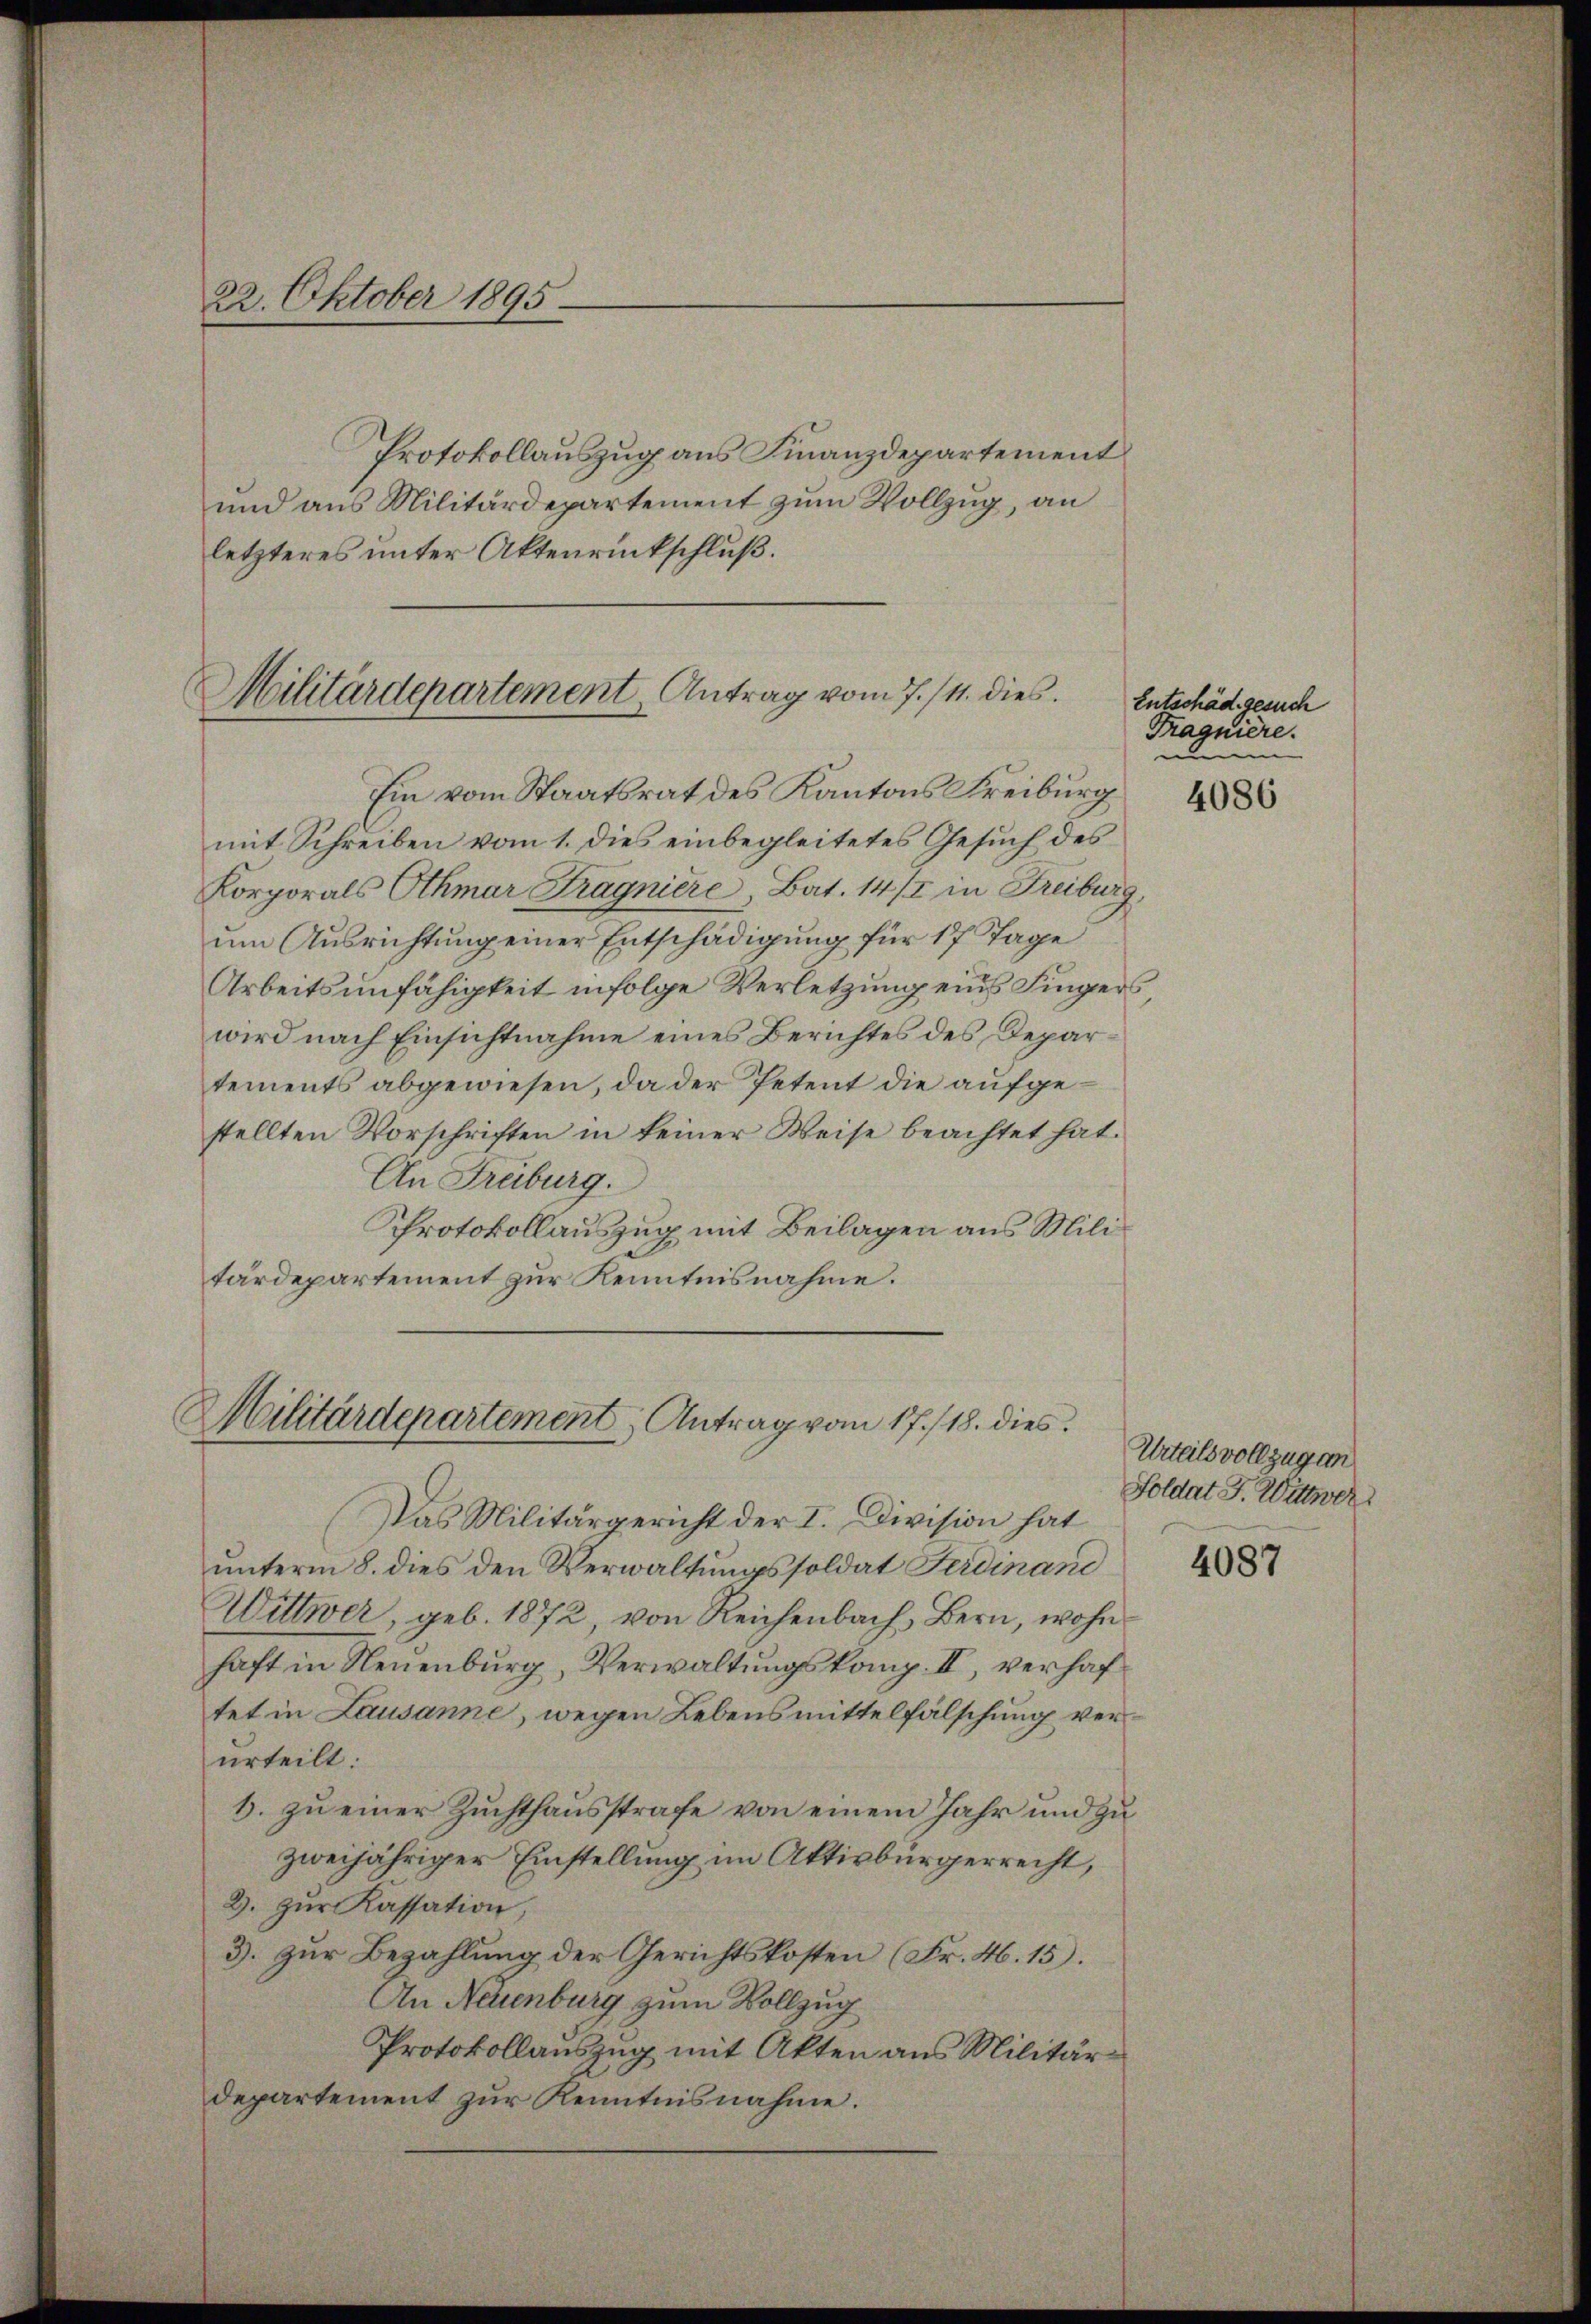
22. Oktober 1895.

Protokollauszug aus Finanzdepartement
und aus Militärdepartement zum Vollzug, an
letzteres unter Aktenrückschluß.

Militärdepartement, Antrag vom 7./11. dies

Ein vom Staatsrat des Kantons Freiburg
mit Schreiben vom 1. dies einbegleitetes Gesŭch des
Korporals Othmar Fragniere, Bat. 14/2 in Freiburg,
um Ausrichtung einer Entschädigung für 17 Tage
Arbeitsunfähigkeit infolge Verletzung eines Fingers,
wird nach Einsichtnahme eines Berichtes des Departements abgewiesen, da der Petent die aufgestellten Vorschriften in keiner Weise beachtet hat.
An Freiburg.
Protokollauszug mit Beilagen aus Militärdepartement zur Kenntnisnahme.
Das Militärgericht der I. Division hat
unterm 8. dies den Verwaltungssoldat Ferdinand
Wittwer, geb. 1872, von Reichenbach, Bern, wohnhaft in Neuenburg, Verwaltungskomp. II, verhaftet in Lausanne, wegen Lebensmittelfälschung verurteilt:
6. zu einer Zuchthausstrafe von einem Jahr und zu
zweijähriger Einstellung im Aktivbürgerrecht,
2. zur Kassation,
3. zur Bezahlung der Gerichtskosten (Fr. 46. 15).
An Neuenburg zum Vollzug
Protokollauszug mit Akten aus Militärdepartement zur Kenntnisnahme.

Militärdepartement, Antrag vom 17./18. dies

Entschäd gesuch
Tragnière.

4086

Urteils vollzugen
Soldat J. Wittwer

4087